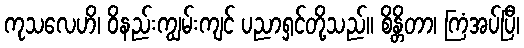
ကုသလေဟိ၊ ဝိနည်းကျွမ်းကျင် ပညာရှင်တို့သည်။ စိန္တိတာ၊ ကြံအပ်ပြီ၊